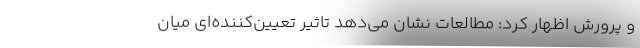
و پرورش اظهار کرد: مطالعات نشان می‌دهد تاثیر تعیین‌کننده‌ای میان